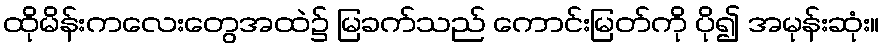
ထိုမိန်းကလေးတွေအထဲ၌ မြခက်သည် ကောင်းမြတ်ကို ပို၍ အမုန်းဆုံး။